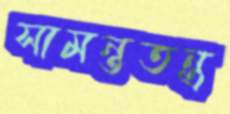
সামন্ততন্ত্র